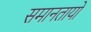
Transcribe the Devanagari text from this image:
समानतायो